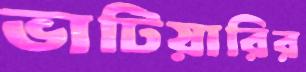
ভাটিয়ারির